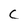
Character: C